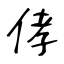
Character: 侾